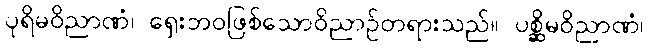
ပုရိမဝိညာဏံ၊ ရှေးဘဝဖြစ်သောဝိညာဉ်တရားသည်။ ပစ္ဆိမဝိညာဏံ၊